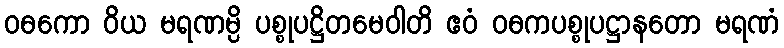
ဝဓကော ဝိယ မရဏမ္ပိ ပစ္စုပဋ္ဌိတမေဝါတိ ဧဝံ ဝဓကပစ္စုပဋ္ဌာနတော မရဏံ